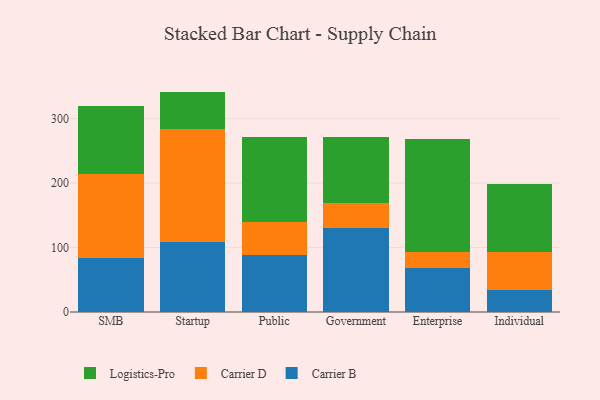
{"axis": {"x": "Segment", "y": "Churn Rate (%)"}, "legend": ["Carrier B", "Carrier D", "Logistics-Pro"], "data": [{"x": "SMB", "y": 84.0, "type": "Carrier B"}, {"x": "SMB", "y": 130.4, "type": "Carrier D"}, {"x": "SMB", "y": 105.0, "type": "Logistics-Pro"}, {"x": "Startup", "y": 109.0, "type": "Carrier B"}, {"x": "Startup", "y": 175.9, "type": "Carrier D"}, {"x": "Startup", "y": 57.3, "type": "Logistics-Pro"}, {"x": "Public", "y": 88.8, "type": "Carrier B"}, {"x": "Public", "y": 51.2, "type": "Carrier D"}, {"x": "Public", "y": 131.0, "type": "Logistics-Pro"}, {"x": "Government", "y": 130.1, "type": "Carrier B"}, {"x": "Government", "y": 38.5, "type": "Carrier D"}, {"x": "Government", "y": 103.5, "type": "Logistics-Pro"}, {"x": "Enterprise", "y": 68.1, "type": "Carrier B"}, {"x": "Enterprise", "y": 24.5, "type": "Carrier D"}, {"x": "Enterprise", "y": 176.5, "type": "Logistics-Pro"}, {"x": "Individual", "y": 34.2, "type": "Carrier B"}, {"x": "Individual", "y": 58.9, "type": "Carrier D"}, {"x": "Individual", "y": 106.1, "type": "Logistics-Pro"}]}